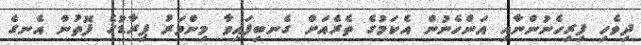
ދިވެހި ފިރިހެނުންނާއި އަންހެނުން އެކަމުގެ ތެރެއަށް ގެނބިފައިވާ މިންވަރު ޕިރާޑުގެ ފޮތުން އެނގެ